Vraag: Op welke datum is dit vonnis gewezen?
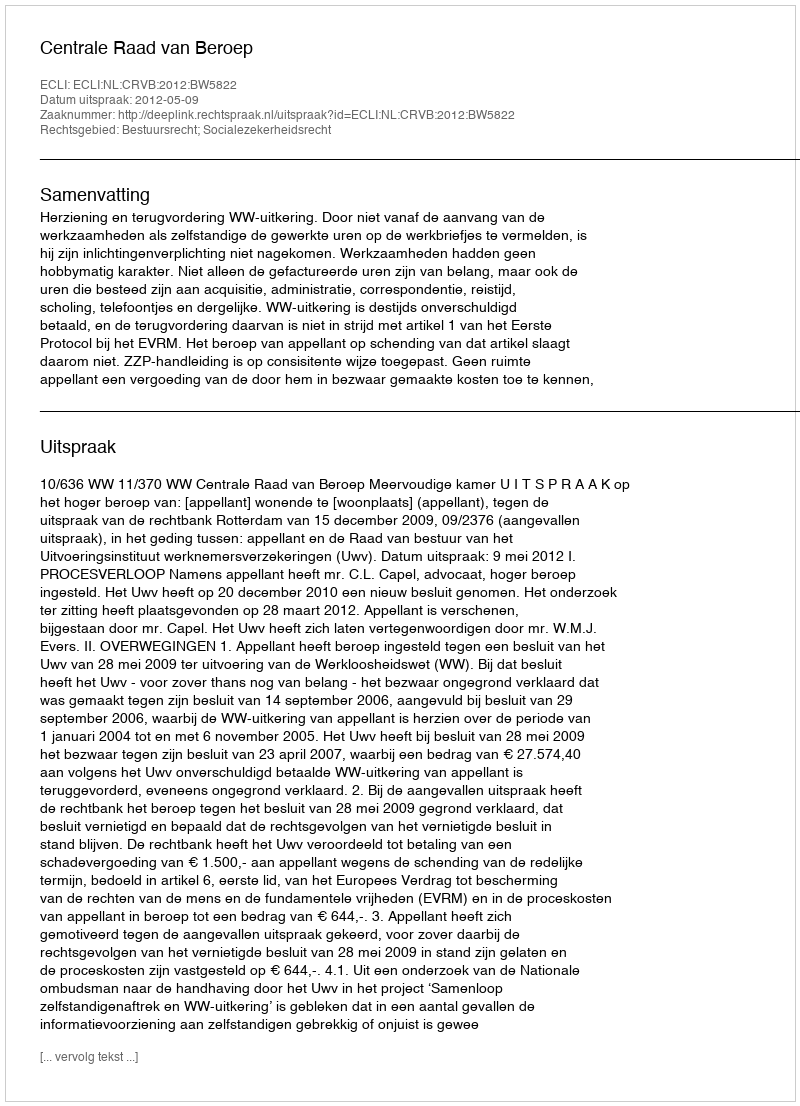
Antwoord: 2012-05-09